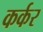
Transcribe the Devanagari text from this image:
कर्कर